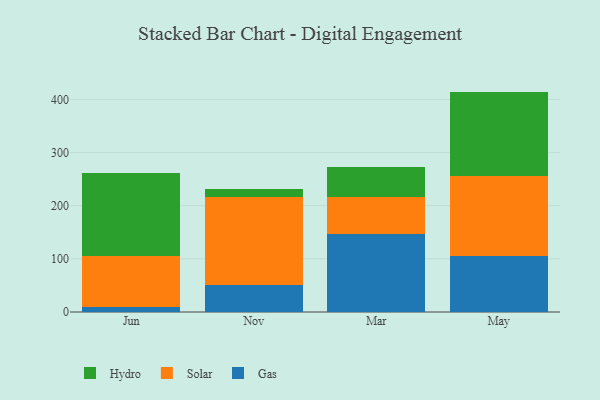
{"axis": {"x": "Month", "y": "Inventory Turnover"}, "legend": ["Gas", "Hydro", "Solar"], "data": [{"x": "Jun", "y": 10.3, "type": "Gas"}, {"x": "Jun", "y": 95.4, "type": "Solar"}, {"x": "Jun", "y": 156.6, "type": "Hydro"}, {"x": "Nov", "y": 50.2, "type": "Gas"}, {"x": "Nov", "y": 167.1, "type": "Solar"}, {"x": "Nov", "y": 14.8, "type": "Hydro"}, {"x": "Mar", "y": 147.4, "type": "Gas"}, {"x": "Mar", "y": 68.7, "type": "Solar"}, {"x": "Mar", "y": 57.5, "type": "Hydro"}, {"x": "May", "y": 105.3, "type": "Gas"}, {"x": "May", "y": 151.2, "type": "Solar"}, {"x": "May", "y": 158.3, "type": "Hydro"}]}